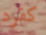
كفرد